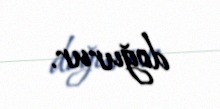
doğurur.